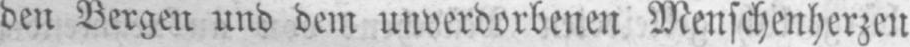
den Bergen und dem unverdorbenen Menschenherzen